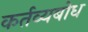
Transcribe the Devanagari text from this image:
कर्तव्यबोध